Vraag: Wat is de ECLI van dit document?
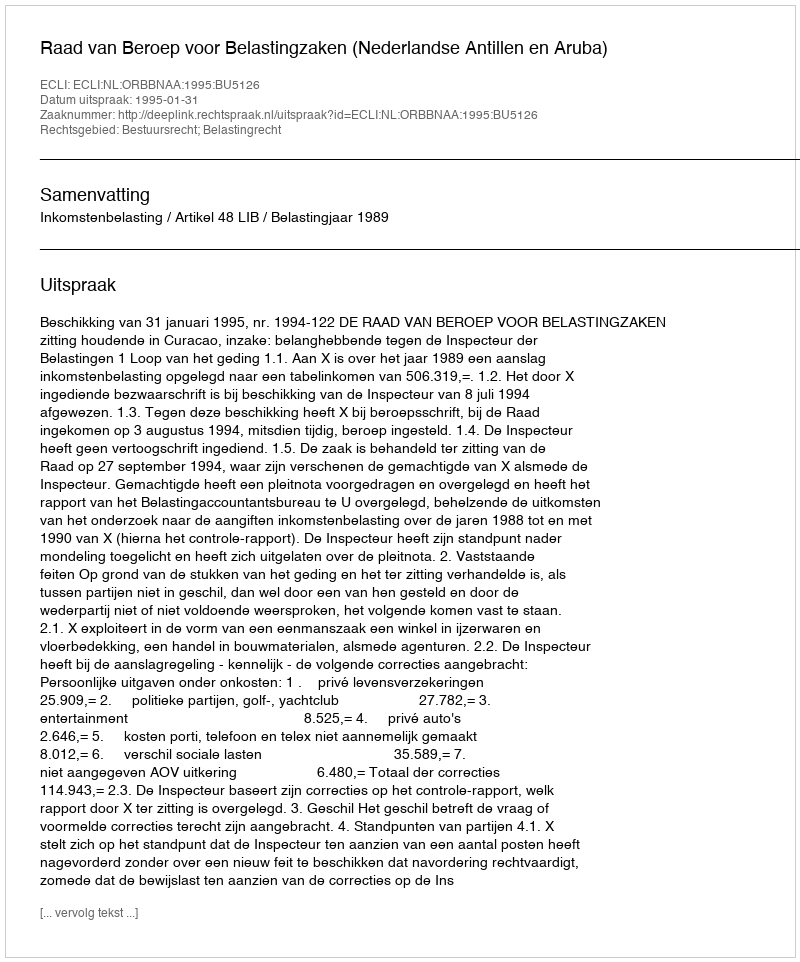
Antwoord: ECLI:NL:ORBBNAA:1995:BU5126